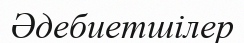
Әдебиетшілер